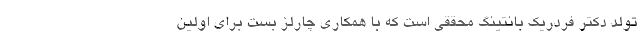
تولد دکتر فردریک بانتینگ محققی است که با همکاری چارلز بست برای اولین